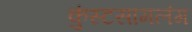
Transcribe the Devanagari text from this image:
कुंस्टसामलंग